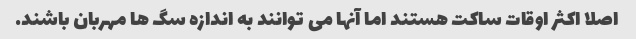
اصلا اکثر اوقات ساکت هستند اما آنها می توانند به اندازه سگ ها مهربان باشند.